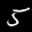
Label: 5